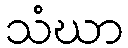
သံဃာ